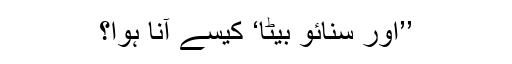
’’اور سنائو بیٹا‘ کیسے آنا ہوا؟